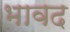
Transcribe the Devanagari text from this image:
भावद